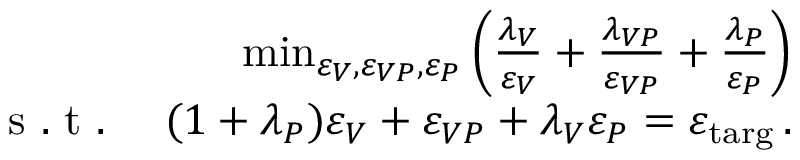
\begin{array} { r } { \operatorname* { m i n } _ { \varepsilon _ { V } , \varepsilon _ { V P } , \varepsilon _ { P } } \left( \frac { \lambda _ { V } } { \varepsilon _ { V } } + \frac { \lambda _ { V P } } { \varepsilon _ { V P } } + \frac { \lambda _ { P } } { \varepsilon _ { P } } \right) } \\ { \mathrm { ~ s ~ . ~ t ~ . ~ } \quad ( 1 + \lambda _ { P } ) \varepsilon _ { V } + \varepsilon _ { V P } + \lambda _ { V } \varepsilon _ { P } = \varepsilon _ { \mathrm { t a r g } } \, . } \end{array}